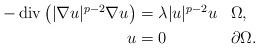
LaTeX: \begin{align*}\begin{aligned}-\operatorname{div}\left(|\nabla u|^{p-2} \nabla u\right)&=\lambda |u|^{p-2} u&& \Omega, \\u &=0 && \partial \Omega.\end{aligned}\end{align*}